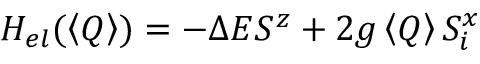
H _ { e l } ( \left\langle Q \right\rangle ) = - \Delta E S ^ { z } + 2 g \left\langle Q \right\rangle S _ { i } ^ { x }